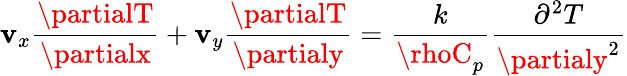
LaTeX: \mathbf{v}_{x}{\frac{{\partialT}}{{\partialx}}}+\mathbf{v}_{y}{\frac{{\partialT}}{{\partialy}}}={\frac{{k}}{{\rhoC_{p}}}}{\frac{{\partial^{2}T}}{{\partialy^{2}}}}